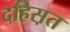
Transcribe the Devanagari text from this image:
दहिस़त